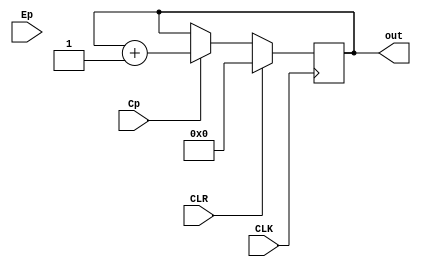
module pc(CLK, CLR, Cp, Ep, out);

	input CLR;
	input CLK;	
	input Cp;
	input Ep;
	
	reg [3:0]value = 4'b0;
	output [3:0]out;
	
	always @(negedge CLK) begin
		
		if (CLR) 
			value <= 4'b0000;
		
		else if (Cp)
			value <= value + 1;

		
	end
		
		assign	out = value;

//	always @(Ep) begin	
//	end
	
endmodule